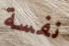
نفسة